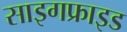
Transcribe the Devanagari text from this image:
साइगफ्राइड